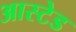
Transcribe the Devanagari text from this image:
आस्टेड